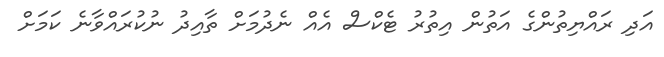
އަދި ރައްޔިތުންގެ އަތުން އިތުރު ޓެކްސް އެއް ނެދުމަށް ތާއިދު ނުކުރައްވާނެ ކަމަށް